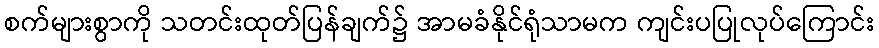
စက်များစွာကို သတင်းထုတ်ပြန်ချက်၌ အာမခံနိုင်ရုံသာမက ကျင်းပပြုလုပ်ကြောင်း